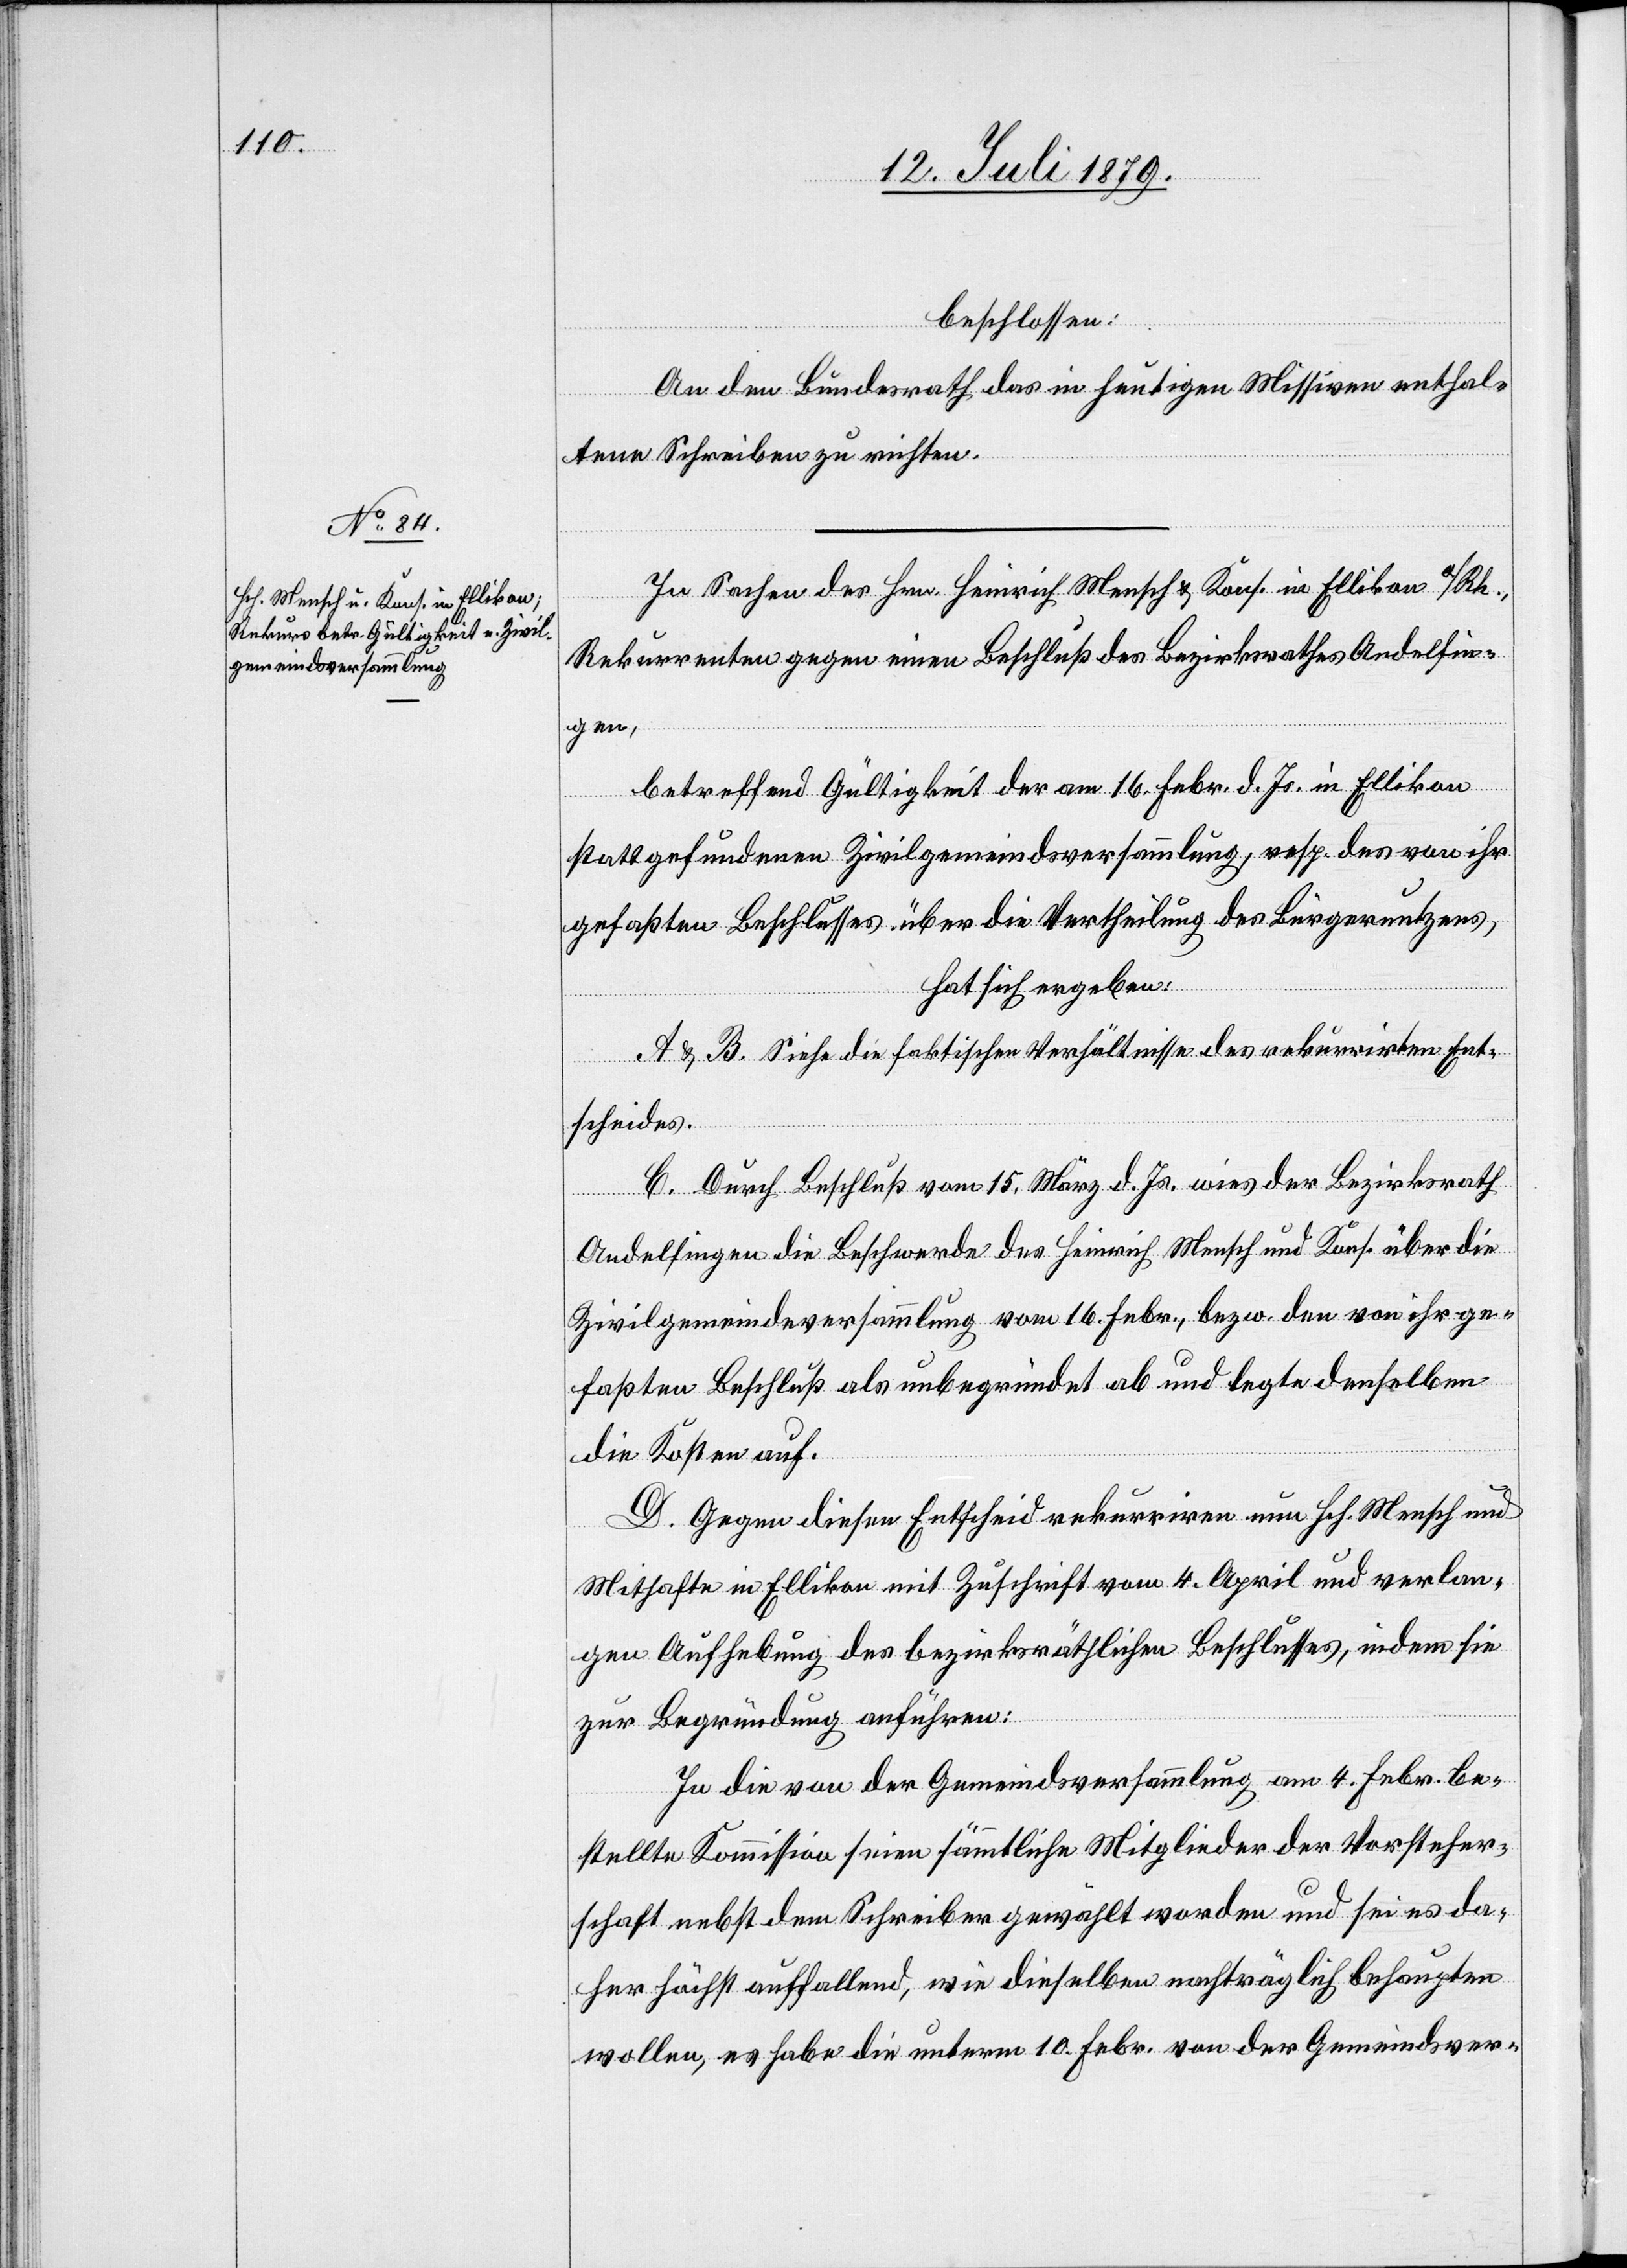
beschlossen:
An den Bundesrath das in heutigen Missiven enthal¬
tene Schreiben zu richten.
In Sachen des Hrn. Heinrich Mensch & Kons. in Ellikon a/Rh.,
Rekurrenten gegen einen Beschluß des Bezirksrathes Andelfin¬
gen,
betreffend Gültigkeit der am 16. Febr. d. Js. in Ellikon
stattgefundenen Zivilgemeindsversammlung, resp. des von ihr
gefaßten Beschlusses über die Vertheilung des Bürgernutzens,
hat sich ergeben:
A & B. Siehe die faktischen Verhältnisse des rekurrirten Ent¬
scheides.
C. Durch Beschluß vom 15. März d. Js. wies der Bezirksrath
Andelfingen die Beschwerde des Heinrich Mensch und Kons. über die
Zivilgemeindeversammlung vom 16. Febr., bezw. den von ihr ge¬
faßten Beschluß als unbegründet ab und legte denselben
die Kosten auf.
D. Gegen diesen Entscheid rekurrirten nun Hch. Mensch und
Mithafte in Ellikon mit Zuschrift vom 4. April und verlan¬
gen Aufhebung des bezirksräthlichen Beschlusses, indem sie
zur Begründung anführen:
In die von der Gemeindsversammlung am 4. Febr. be¬
stellte Kommission seien sämmtliche Mitglieder der Vorsteher¬
schaft nebst dem Schreiber gewählt worden und sei es da¬
her höchst auffallend, wie dieselben nachträglich behaupten
wollen, es habe die unterm 10. Febr. von der Gemeindsver-